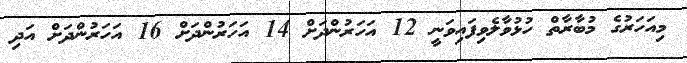
މިއަހަރުގެ މުބާރާތް ހުޅުވާލެވިފައިވަނީ 12 އަހަރުންދަށް 14 އަހަރުންދަށް 16 އަހަރުންދަށް އަދި